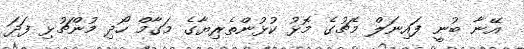
އޭނާ ބުނީ ފައިނަލް މެޗުގެ މޮޅު ކުޅުންތެރިޔާގެ މަގާމް ހޯދި މުންޗުޅި ފަދަ